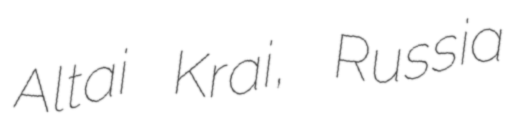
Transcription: Altai Krai, Russia